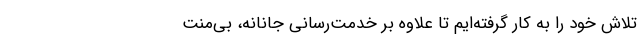
تلاش خود را به کار گرفته‌ایم تا علاوه ‌بر خدمت‌رسانی جانانه، بی‌منت